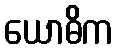
ယောဓိက